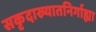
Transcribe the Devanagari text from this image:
सकृदाख्यातनिर्गाह्या